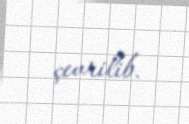
çevrilib.